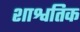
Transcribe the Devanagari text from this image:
शाश्वतिक